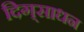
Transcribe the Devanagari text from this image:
दिग्‌साधन